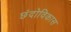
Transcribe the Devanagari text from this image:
छंदोविकास